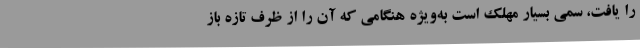
را یافت، سمی بسیار مهلک است به‌ویژه هنگامی که آن را از ظرف تازه باز